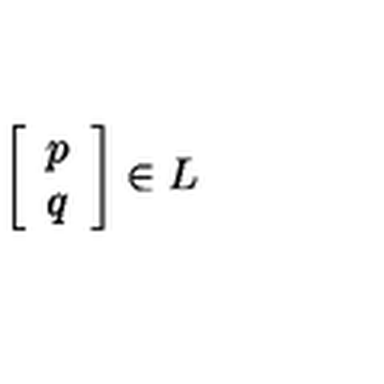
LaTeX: \left[ \begin{array} { c } { p } \\ { q } \\ \end{array} \right] \in L